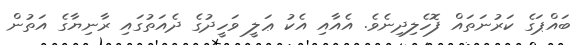
ބައްޕަގެ ކަރުނަތައް ފޮހެލިދިނެވެ. އެއާއި އެކު ޢަލީ ވަހީދުގެ ދެއަތުގައި ރާނިޔާގެ އަތުން